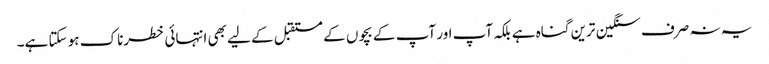
یہ نہ صرف سنگین ترین گناہ ہے بلکہ آپ اور آپ کے بچوں کے مستقبل کے لیے بھی انتہائی خطرناک ہو سکتا ہے۔